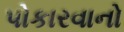
પોકારવાનો